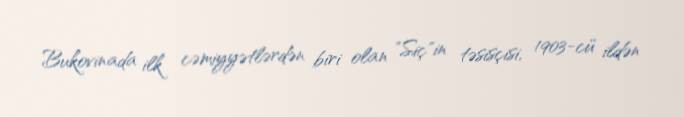
Bukovinada ilk cəmiyyətlərdən biri olan "Siç"in təsisçisi, 1903-cü ildən